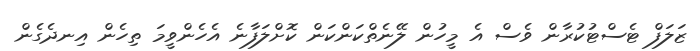
ޒަލަފް ޓެސްޓުކުރާން ވެސް އެ މީހުން ލޭނެތްކަންކަން ކޮށްލަފާނެ އެހެންވީމަ ތިހެން އިނދެގެން